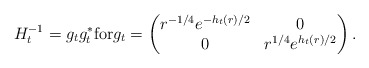
\begin{align*}H_t^{-1} = g_t g_t^* \mbox{for} g_t= \begin{pmatrix} r^{-1/4}e^{-h_t(r)/2} & 0\\ 0 & r^{1/4}e^{h_t(r)/2} \end{pmatrix}. \end{align*}